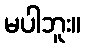
မပါဘူး။